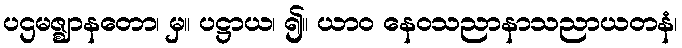
ပဌမဇ္ဈာနတော၊ မှ။ ပဋ္ဌာယ၊ ၍။ ယာဝ နေဝသညာနာသညာယတနံ၊